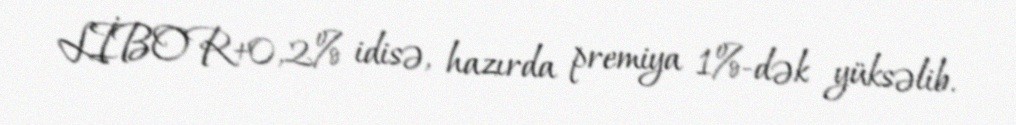
LİBOR+0,2% idisə, hazırda premiya 1%-dək yüksəlib.